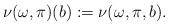
LaTeX: \begin{align*} \nu(\omega, \pi)(b):= \nu(\omega, \pi, b).\end{align*}